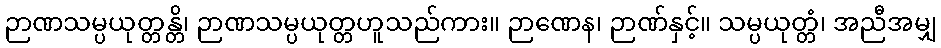
ဉာဏသမ္ပယုတ္တန္တိ၊ ဉာဏသမ္ပယုတ္တဟူသည်ကား။ ဉာဏေန၊ ဉာဏ်နှင့်။ သမ္ပယုတ္တံ၊ အညီအမျှ